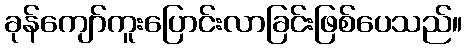
ခုန်ကျော်ကူးပြောင်းလာခြင်းဖြစ်ပေသည်။